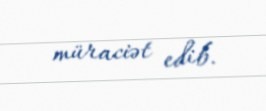
müraciət edib.